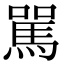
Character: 駡